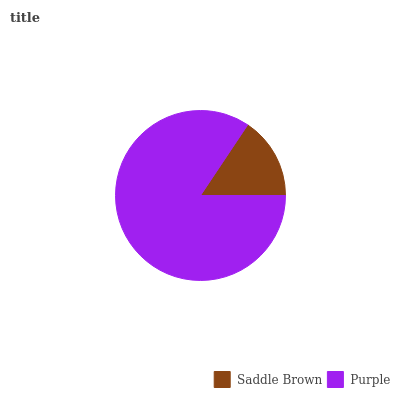
| Saddle Brown | Purple |
 | --- | --- |
 | 15.6% | 84.4% |